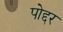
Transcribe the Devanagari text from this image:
पोद्दर